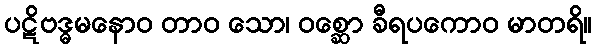
ပဋိဗဒ္ဓမနောဝ တာဝ သော၊ ဝစ္ဆော ခီရပကောဝ မာတရိ။